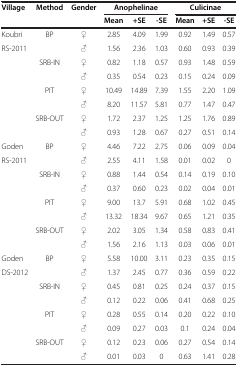
<table><thead><tr><td rowspan="2"><b>Village</b></td><td rowspan="2"><b>Method</b></td><td rowspan="2"><b>Gender</b></td><td colspan="3"><b>Anophelinae</b></td><td colspan="3"><b>Culicinae</b></td></tr><tr><td><b>Mean</b></td><td><b>+SE</b></td><td><b>-SE</b></td><td><b>Mean</b></td><td><b>+SE</b></td><td><b>-SE</b></td></tr></thead><tbody><tr><td>Koubri</td><td rowspan="2">BP</td><td>♀</td><td>2.85</td><td>4.09</td><td>1.99</td><td>0.92</td><td>1.49</td><td>0.57</td></tr><tr><td>RS-2011</td><td>♂</td><td>1.56</td><td>2.36</td><td>1.03</td><td>0.60</td><td>0.93</td><td>0.39</td></tr><tr><td> </td><td rowspan="2">SRB-IN</td><td>♀</td><td>0.82</td><td>1.18</td><td>0.57</td><td>0.93</td><td>1.48</td><td>0.59</td></tr><tr><td> </td><td>♂</td><td>0.35</td><td>0.54</td><td>0.23</td><td>0.15</td><td>0.24</td><td>0.09</td></tr><tr><td> </td><td rowspan="2">PIT</td><td>♀</td><td>10.49</td><td>14.89</td><td>7.39</td><td>1.55</td><td>2.20</td><td>1.09</td></tr><tr><td> </td><td>♂</td><td>8.20</td><td>11.57</td><td>5.81</td><td>0.77</td><td>1.47</td><td>0.47</td></tr><tr><td> </td><td rowspan="2">SRB-OUT</td><td>♀</td><td>1.72</td><td>2.37</td><td>1.25</td><td>1.25</td><td>1.76</td><td>0.89</td></tr><tr><td> </td><td>♂</td><td>0.93</td><td>1.28</td><td>0.67</td><td>0.27</td><td>0.51</td><td>0.14</td></tr><tr><td>Goden</td><td rowspan="2">BP</td><td>♀</td><td>4.46</td><td>7.22</td><td>2.75</td><td>0.06</td><td>0.09</td><td>0.04</td></tr><tr><td>RS-2011</td><td>♂</td><td>2.55</td><td>4.11</td><td>1.58</td><td>0.01</td><td>0.02</td><td>0</td></tr><tr><td> </td><td rowspan="2">SRB-IN</td><td>♀</td><td>0.88</td><td>1.44</td><td>0.54</td><td>0.14</td><td>0.19</td><td>0.10</td></tr><tr><td> </td><td>♂</td><td>0.37</td><td>0.60</td><td>0.23</td><td>0.02</td><td>0.04</td><td>0.01</td></tr><tr><td> </td><td rowspan="2">PIT</td><td>♀</td><td>9.00</td><td>13.7</td><td>5.91</td><td>0.68</td><td>1.02</td><td>0.45</td></tr><tr><td> </td><td>♂</td><td>13.32</td><td>18.34</td><td>9.67</td><td>0.65</td><td>1.21</td><td>0.35</td></tr><tr><td> </td><td rowspan="2">SRB-OUT</td><td>♀</td><td>2.02</td><td>3.05</td><td>1.34</td><td>0.58</td><td>0.83</td><td>0.41</td></tr><tr><td> </td><td>♂</td><td>1.56</td><td>2.16</td><td>1.13</td><td>0.03</td><td>0.06</td><td>0.01</td></tr><tr><td>Goden</td><td rowspan="2">BP</td><td>♀</td><td>5.58</td><td>10.00</td><td>3.11</td><td>0.23</td><td>0.35</td><td>0.15</td></tr><tr><td>DS-2012</td><td>♂</td><td>1.37</td><td>2.45</td><td>0.77</td><td>0.36</td><td>0.59</td><td>0.22</td></tr><tr><td> </td><td rowspan="2">SRB-IN</td><td>♀</td><td>0.45</td><td>0.81</td><td>0.25</td><td>0.24</td><td>0.37</td><td>0.15</td></tr><tr><td> </td><td>♂</td><td>0.12</td><td>0.22</td><td>0.06</td><td>0.41</td><td>0.68</td><td>0.25</td></tr><tr><td> </td><td rowspan="2">PIT</td><td>♀</td><td>0.28</td><td>0.55</td><td>0.14</td><td>0.20</td><td>0.22</td><td>0.10</td></tr><tr><td> </td><td>♂</td><td>0.09</td><td>0.27</td><td>0.03</td><td>0.1</td><td>0.24</td><td>0.04</td></tr><tr><td> </td><td rowspan="2">SRB-OUT</td><td>♀</td><td>0.12</td><td>0.23</td><td>0.06</td><td>0.27</td><td>0.54</td><td>0.14</td></tr><tr><td> </td><td>♂</td><td>0.01</td><td>0.03</td><td>0</td><td>0.63</td><td>1.41</td><td>0.28</td></tr></tbody></table>